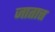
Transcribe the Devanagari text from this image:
जातात्त